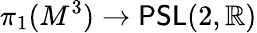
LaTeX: \pi_{1}(M^{3})\to{\sf PSL}(2,\mathbb{R})